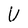
Character: U